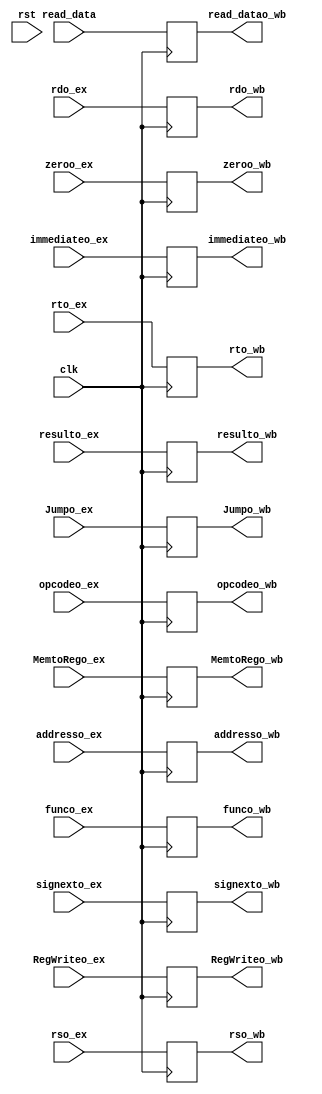
`timescale 1ns / 1ps
//////////////////////////////////////////////////////////////////////////////////
// Company: 
// Engineer: 
// 
// Design Name: 
// Module Name: memwb
// Project Name: 
// Target Devices: 
// Tool Versions: 
// Description: 
// 
// Dependencies: 
// 
// Revision:
// Revision 0.01 - File Created
// Additional Comments:
// 
//////////////////////////////////////////////////////////////////////////////////


module memwb(
input clk,
input rst,
input [4:0]rso_ex,
input [4:0]rto_ex,
input [4:0]rdo_ex,
input [5:0]opcodeo_ex,
input [5:0]funco_ex,
input [25:0]addresso_ex,
input [15:0]immediateo_ex,

input [31:0]signexto_ex,
input [31:0]resulto_ex,
input [31:0]read_data,
input zeroo_ex,


input MemtoRego_ex,
input RegWriteo_ex,
    

input Jumpo_ex,
output reg [15:0]immediateo_wb,
output reg  [4:0]rso_wb,
output reg  [4:0]rto_wb,
output reg  [4:0]rdo_wb,
output reg  [5:0]opcodeo_wb,
output reg  [5:0]funco_wb,
output reg  [25:0]addresso_wb,


output reg MemtoRego_wb,
output reg  RegWriteo_wb,
  

output reg  Jumpo_wb,

output reg [31:0]signexto_wb,
output reg [31:0]resulto_wb,
output reg [31:0]read_datao_wb,
output reg zeroo_wb

    );
    
 always@(posedge clk)
 begin
 immediateo_wb<=immediateo_ex;
 rso_wb<=rso_ex;
 rto_wb<=rto_ex; 
 rdo_wb<=rdo_ex;
 opcodeo_wb<=opcodeo_ex;
 funco_wb<=funco_ex;
 addresso_wb<=addresso_ex;



 RegWriteo_wb<=RegWriteo_ex;


 Jumpo_wb<=Jumpo_ex;

 signexto_wb<=signexto_ex;
 resulto_wb<=resulto_ex;
 zeroo_wb<=zeroo_ex;
 read_datao_wb<=read_data;
 MemtoRego_wb<=MemtoRego_ex;
 end
endmodule